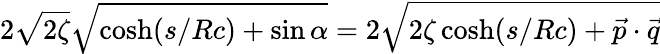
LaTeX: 2\sqrt{2\zeta}\sqrt{\cosh({s/Rc})+\sin{\alpha}}=2\sqrt{2\zeta\cosh({s/Rc})+{\vec{p}}\cdot{\vec{q}}}